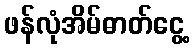
ဖန်လုံအိမ်ဓာတ်ငွေ့